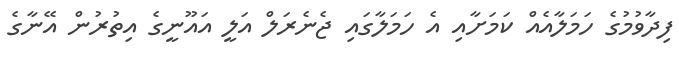
ފިދާވުމުގެ ހަމަލާއެއް ކަމަށާއި އެ ހަމަލާގައި ޖެނެރަލް އަލީ އައޫނީގެ އިތުރުން އޭނާގެ